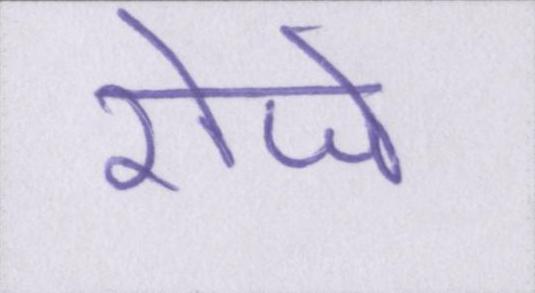
रोजे